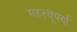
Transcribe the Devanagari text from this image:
महत्त्वूपर्ण